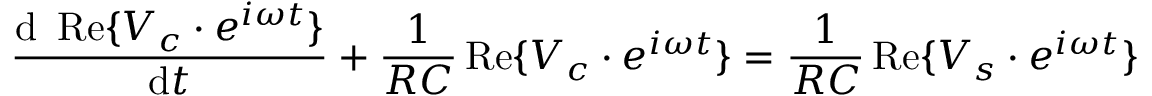
{ \frac { \mathrm { d } \ \operatorname { R e } \{ V _ { c } \cdot e ^ { i \omega t } \} } { \mathrm { d } t } } + { \frac { 1 } { R C } } \operatorname { R e } \{ V _ { c } \cdot e ^ { i \omega t } \} = { \frac { 1 } { R C } } \operatorname { R e } \{ V _ { s } \cdot e ^ { i \omega t } \}